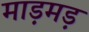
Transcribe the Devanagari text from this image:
माड़मड़